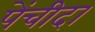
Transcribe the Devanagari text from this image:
पेंचीदा